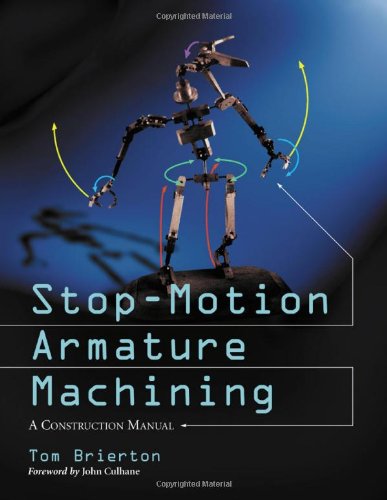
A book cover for Stop-Motion Armature Machining: A Construction Manual; Tom Brierton; Crafts, Hobbies & Home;